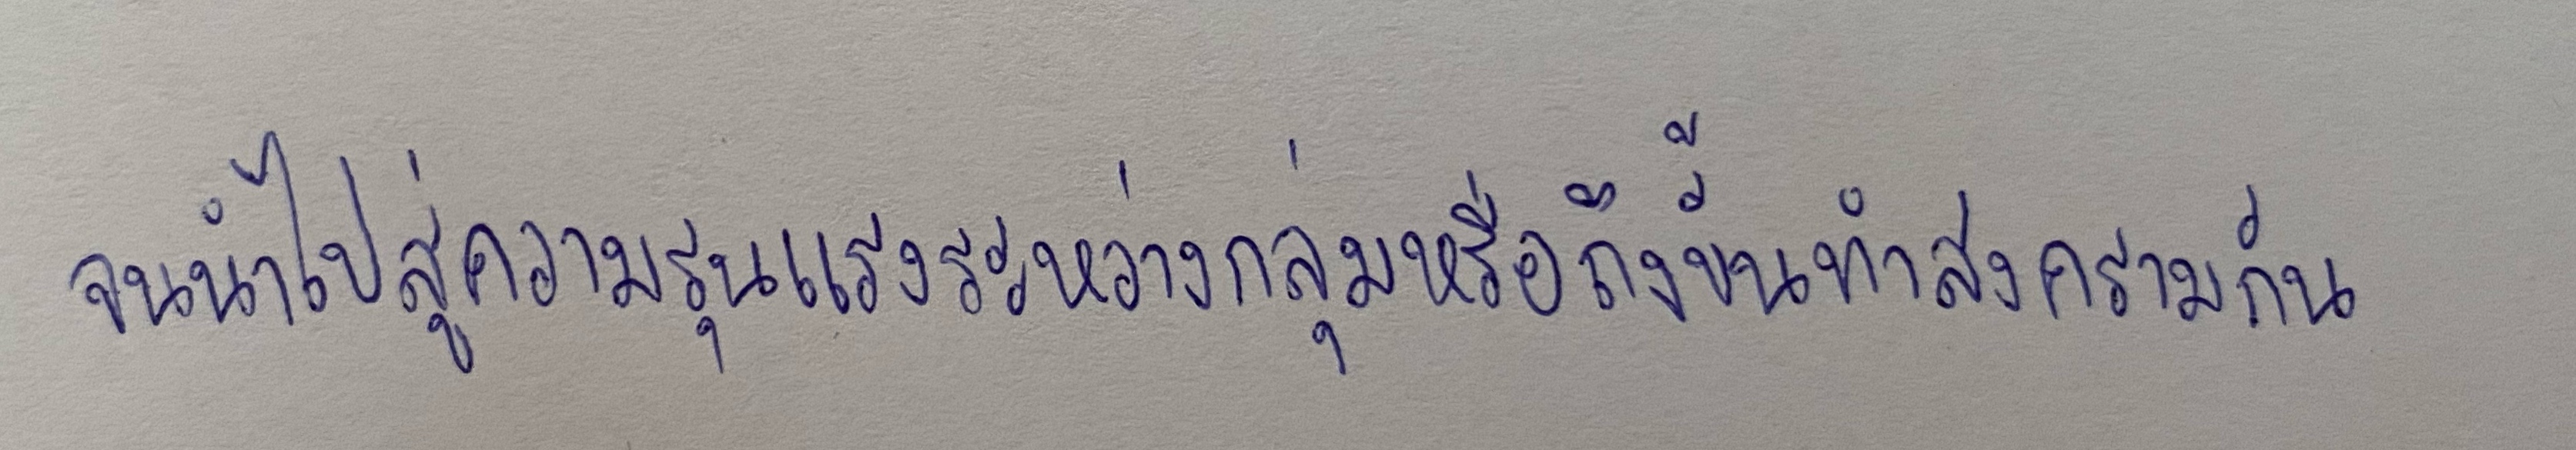
จนนำไปสู่ความรุนแรงระหว่างกลุ่มหรือถึงขั้นทำสงครามกัน